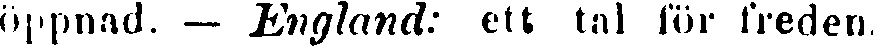
öppnad. — England: ett tal för freden.